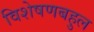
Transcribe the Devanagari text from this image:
विशेषणबहुल